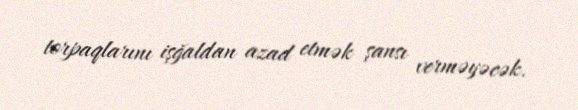
torpaqlarını işğaldan azad etmək şansı verməyəcək.